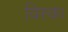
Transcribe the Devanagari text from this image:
विस्का